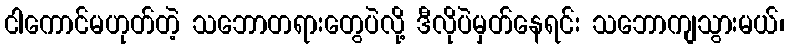
ငါကောင်မဟုတ်တဲ့ သဘောတရားတွေပဲလို့ ဒီလိုပဲမှတ်နေရင်း သဘောကျသွားမယ်၊